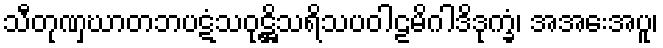
သီတုဏှဃာတဘပဋံသဝုဋ္ဌိသရိသပဝါဠမိဂါဒိဒုက္ခံ၊ အအေးအပူ၊